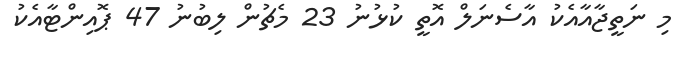
މި ނަތީޖާއާއެކު އާސެނަލް އޮތީ ކުޅުނު 23 މެޗުން ލިބުނު 47 ޕޮއިންޓާއެކު